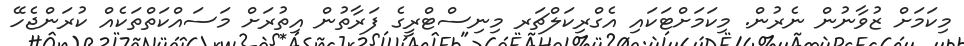
މިކަމަށް ޒުވާނުން ނެރުން. މިކަމަށްޓަކައި އެގްރިކަލްޗަރ މިނިސްޓްރީގެ ފަރާތުން އިތުރަށް މަސައްކަތްތަކެއް ކުރަންޖެހޭ